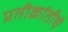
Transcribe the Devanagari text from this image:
प्रतीक्रांतीचे